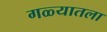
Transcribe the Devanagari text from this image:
गळ्यातला